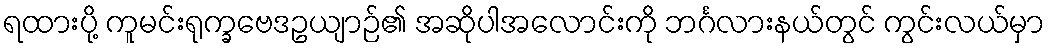
ရထားပို့ ကူမင်းရုက္ခဗေဒဥယျာဉ်၏ အဆိုပါအလောင်းကို ဘင်္ဂလားနယ်တွင် ကွင်းလယ်မှာ